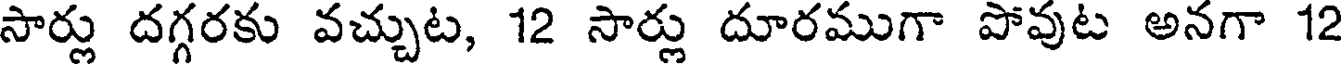
సార్లు దగ్గరకు వచ్చుట, 12 సార్లు దూరముగా పోవుట అనగా 12